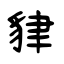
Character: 貄